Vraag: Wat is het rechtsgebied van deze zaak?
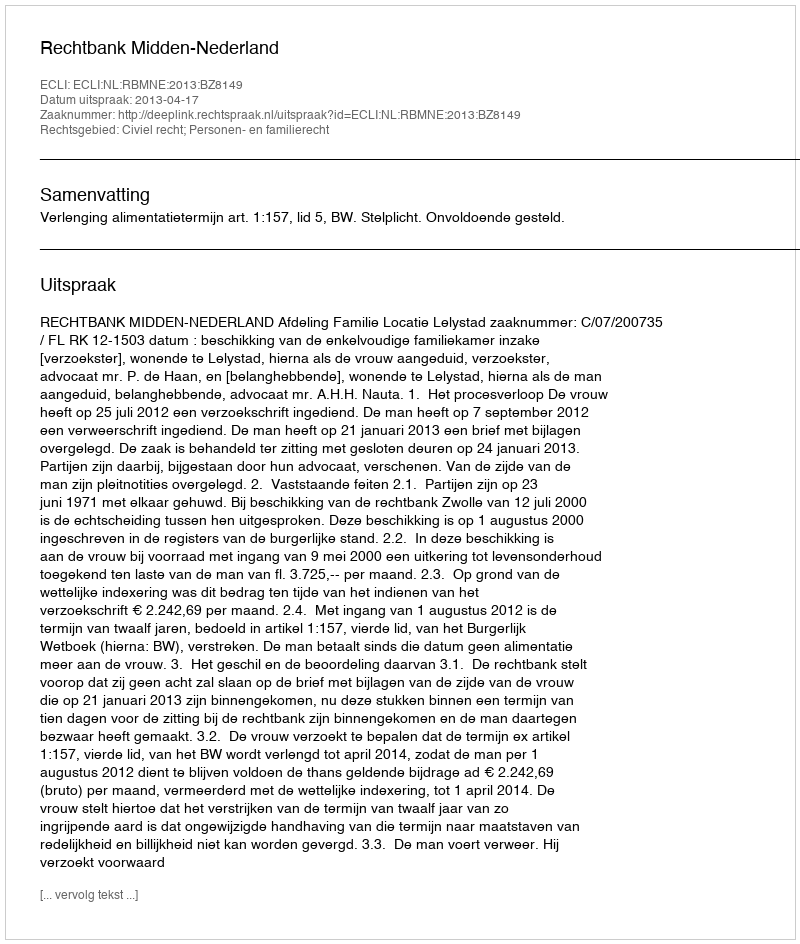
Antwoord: Civiel recht; Personen- en familierecht